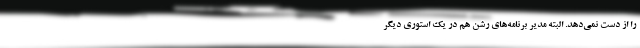
را از دست نمی‌دهد. البته مدیر برنامه‌های رشن هم در یک استوری دیگر